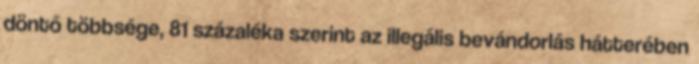
döntő többsége, 81 százaléka szerint az illegális bevándorlás hátterében